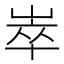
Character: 崒